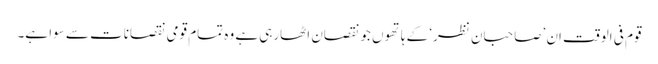
قوم فی الوقت اِن ’صاحبانِ نظر‘ کے ہاتھوں جو نقصان اٹھارہی ہے وہ تمام قومی نقصانات سے سوا ہے۔